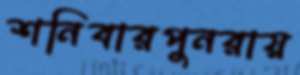
শনিবারপুনরায়